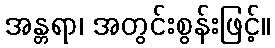
အန္တရာ၊ အတွင်းစွန်းဖြင့်။